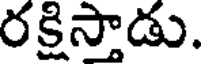
రక్షిస్తాడు.